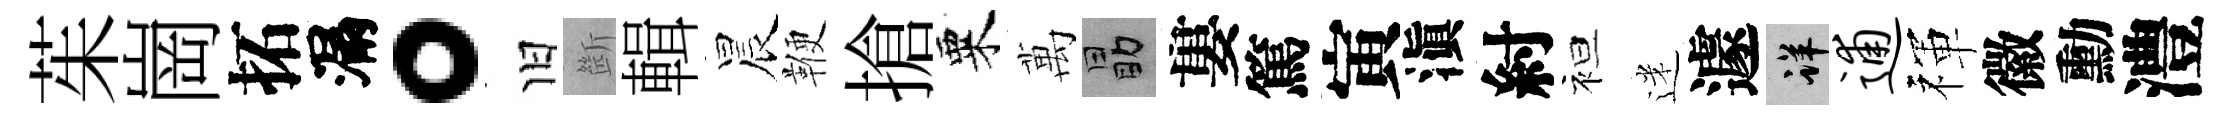
茱崗拓漏。旧㫁輯晨鞭搶粟萬勗婁篤寅滇紂袒迷遽详逋禈徽勳澧